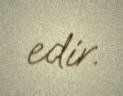
edir.